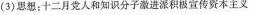
(3)思想：十二月党人和知识分子激进派积极宣传资本主义